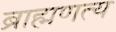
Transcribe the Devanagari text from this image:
ब्राह्मणत्य